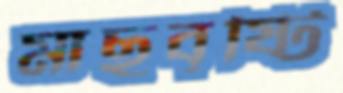
মাছবৃষ্টি